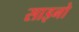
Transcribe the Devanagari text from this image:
साइनो